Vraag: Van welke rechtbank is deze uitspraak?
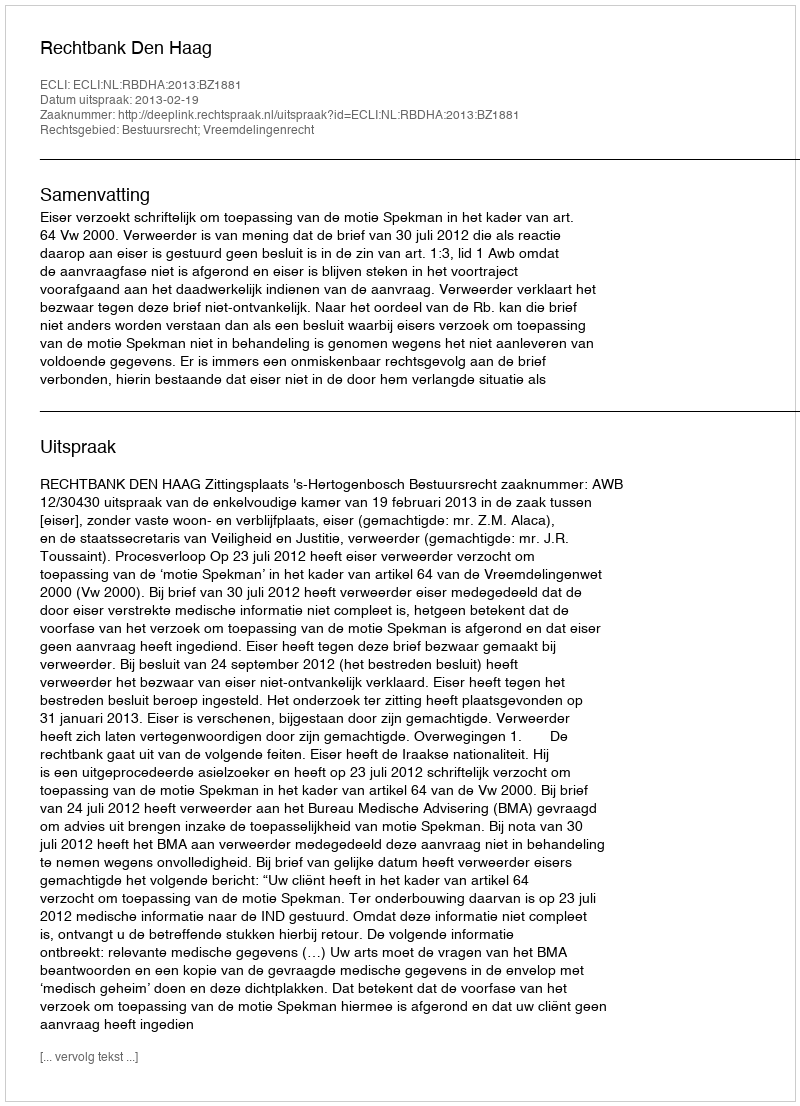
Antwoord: Rechtbank Den Haag